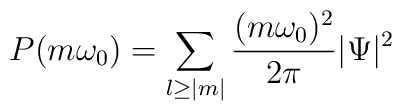
P(m\omega_0)=\sum_{l \geq |m|} \frac{(m\omega_0)^2}{2\pi}|\Psi|^2\,